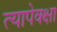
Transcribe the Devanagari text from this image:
त्यापेक्क्षा